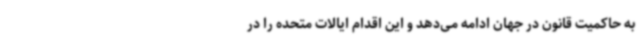
به حاکمیت قانون در جهان ادامه می‌دهد و این اقدام ایالات متحده را در